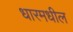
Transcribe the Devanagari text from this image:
धारमधील